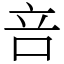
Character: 咅